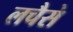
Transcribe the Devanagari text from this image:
लचैसे